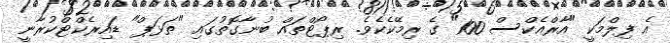
އެ ފިލްމަކީ "އާރްއެކްސް 100" ގެ ރިމޭކެކެވެ. ރިޕޯޓްތައް ބުނާގޮތުގައި "ތަޅަޕް" ޑައިރެކްޓްކުރާނީ